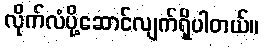
လိုက်လံပို့ဆောင်လျက်ရှိပါတယ်။